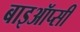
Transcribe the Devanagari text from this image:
बाइऑप्सी